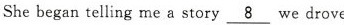
She began telling me a story \underline{8} e drove